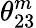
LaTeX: \theta_{23}^{m}